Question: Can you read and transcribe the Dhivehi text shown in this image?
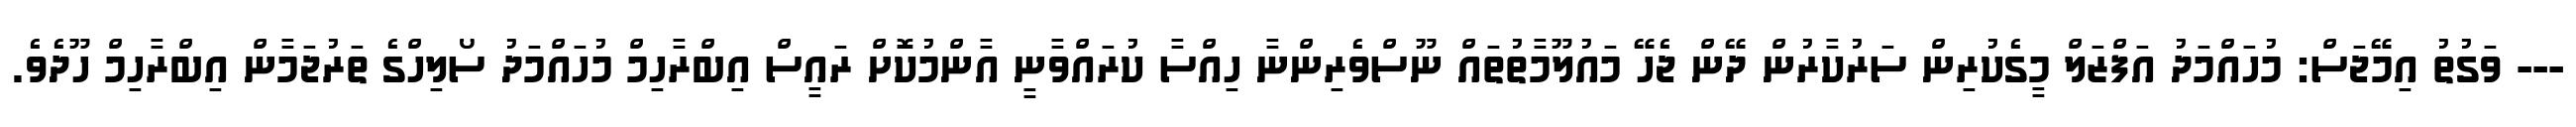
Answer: --- ވަގުތު އިމޭޖަސް: މުހައްމަދު އަފްޒަލް މީގެކުރިން ސަރުކާރުން ދޭން ޖެހޭ މައުލޫމާތުތައް ނޫސްވެރިންނާ ހިއްސާ ކުރައްވާނީ އާންމުކޮށް ރައީސް އިބްރާހިމް މުހައްމަދު ސޯލިހްގެ ތަރުޖަމާން އިބްރާހިމް ހޫދެވެ.